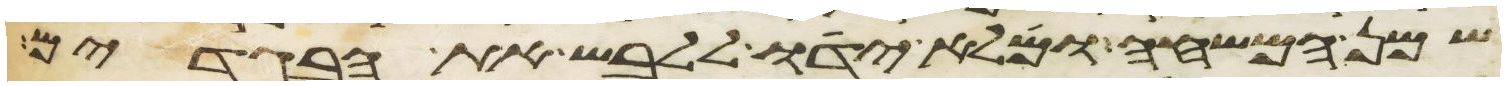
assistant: שמן המשחה ומלא ידו ללבש את הבגדים